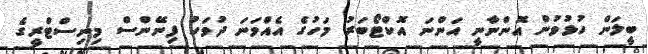
ބީލަން ހުޅުވުން އޮންނާނީ އަންނަ އޮކްޓޯބަރު މަހުގެ އެއްވަނަ ދުވަހު ފިނޭންސް މިނިސްޓްރީގެ